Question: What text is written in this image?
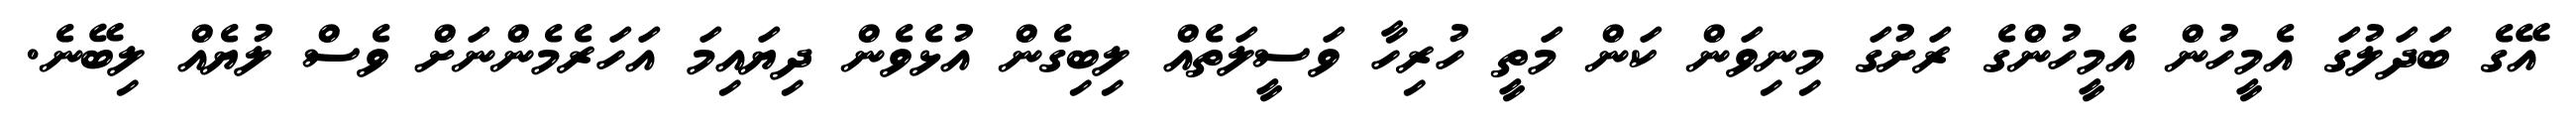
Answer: އޭގެ ބަދަލުގަ އެމީހުން އެމީހުންގެ ރަށުގަ މިނިވަން ކަން މަތީ ހުރިހާ ވަސީލަތެއް ލިބިގެން އުޅެވެން ދިޔައިމަ އަހަރެމެންނަށް ވެސް ލުޔެއް ލިބޭނެ.